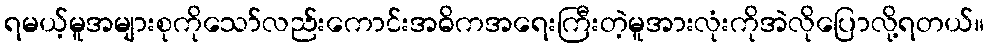
ရမယ့်မူအများစုကိုသော်လည်းကောင်းအဓိကအရေးကြီးတဲ့မူအားလုံးကိုအဲလိုပြောလို့ရတယ်။